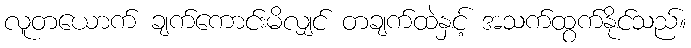
လူတယောက် ချက်ကောင်းမိလျှင် တချက်ထဲနှင့် အသက်ထွက်နိုင်သည်။